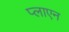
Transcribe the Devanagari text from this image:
प्लाएन